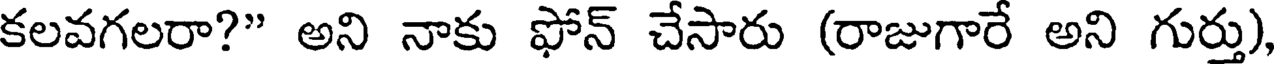
కలవగలరా?" అని నాకు ఫోన్ చేసారు (రాజుగారే అని గుర్తు)